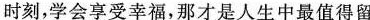
时刻，学会享受幸福，那才是人生中最值得留